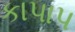
કાપાપ